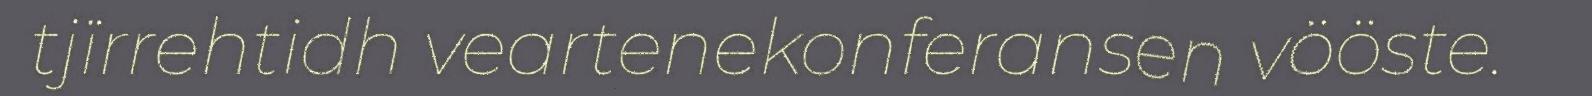
tjïrrehtidh veartenekonferansen vööste.